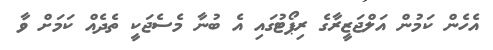
އެހެން ކަމުން އަލްޖަޒީރާގެ ރިޕޯޓުގައި އެ ބުނާ މެސެޖަކީ ތެދެއް ކަމަށް ވާ